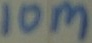
Text: 10M